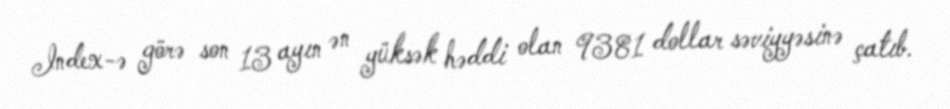
Index-ə görə son 13 ayın ən yüksək həddi olan 9381 dollar səviyyəsinə çatıb.